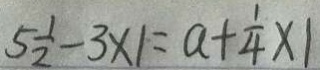
5 \frac { 1 } { 2 } - 3 \times 1 = a + \frac { 1 } { 4 } \times 1